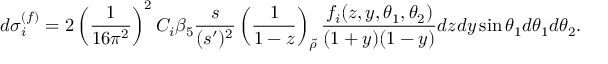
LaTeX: d \sigma _ { i } ^ { ( f ) } = 2 \left( \frac { 1 } { 1 6 \pi ^ { 2 } } \right) ^ { 2 } C _ { i } \beta _ { 5 } \frac { s } { ( s ^ { \prime } ) ^ { 2 } } \left( \frac { 1 } { 1 - z } \right) _ { \tilde { \rho } } \frac { f _ { i } ( z , y , \theta _ { 1 } , \theta _ { 2 } ) } { ( 1 + y ) ( 1 - y ) } d z d y \sin \theta _ { 1 } d \theta _ { 1 } d \theta _ { 2 } .